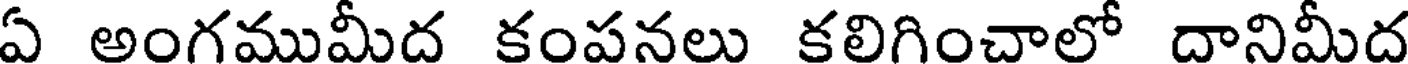
ఏ అంగముమీద కంపనలు కలిగించాలో దానిమీద